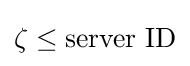
\zeta \leq {\text{server ID}}